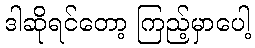
ဒါဆိုရင်တော့ ကြည့်မှာပေါ့